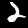
Digit: 2